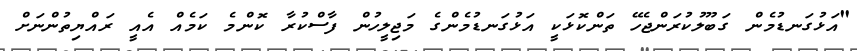
"އަޅުގަނޑުމެން ގަބޫލުކުރަންޖެހޭ ތަންކޮޅަކީ އަޅުގަނޑުމެންގެ މަޖިލީހުން ފާސްކުރާ ކޮންމެ ކަމެއް އެއީ ރައްޔިތުންނަށް